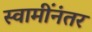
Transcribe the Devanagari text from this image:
स्वामींनंतर